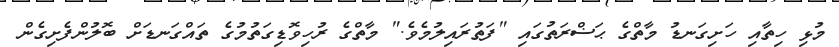
މުޅި ހިތާއި ހަށިގަނޑު މާތްގެ ޙަޟްރަތުގައި "ފަތުރައިލުމެވެ." މާތްގެ ރުހިވޮޑިގަތުމުގެ ތައްގަނޑަށް ބޮލުންފެށިގެން